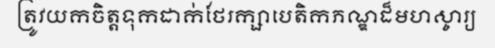
ត្រូវយកចិត្តទុកដាក់ថែរក្សាបេតិកភណ្ឌដ៏មហស្ចារ្យ